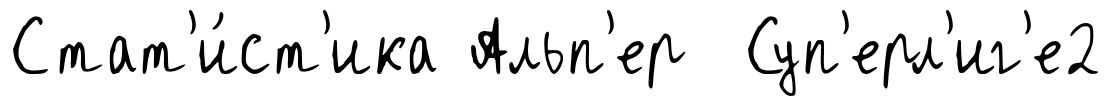
Стат'и́ст'ика Альп'ер Суп'ерл'иг'е2